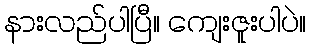
နားလည်ပါပြီ။ ကျေးဇူးပါပဲ။